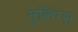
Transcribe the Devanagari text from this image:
मुलिंग्स